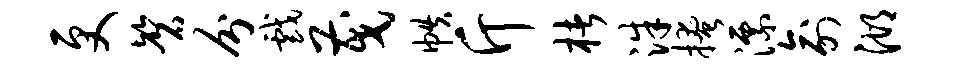
更磬分戏茂帙斤楮洙掩漂俞湖